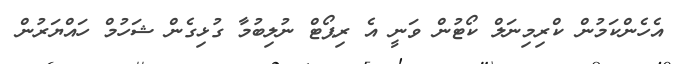
އެހެންކަމުން ކްރިމިނަލް ކޯޓުން ވަނީ އެ ރިޕޯޓް ނުލިބުމާ ގުޅިގެން ޝަހުމް ހައްޔަރުން